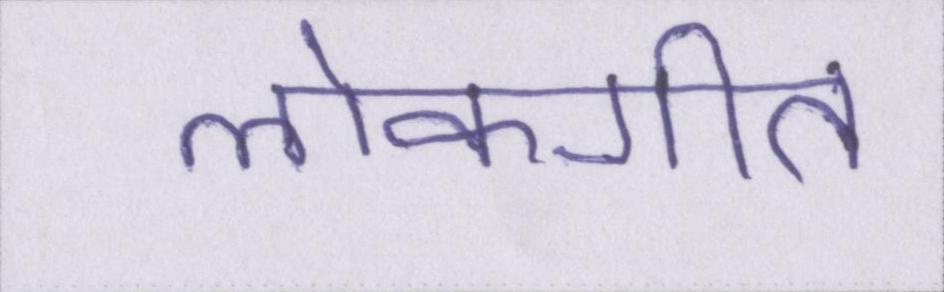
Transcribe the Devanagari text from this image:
लोकगीत